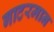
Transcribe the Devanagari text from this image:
गाटरमान